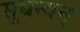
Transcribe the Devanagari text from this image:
सुधन्वन्‌